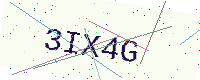
Text: 3IX4G